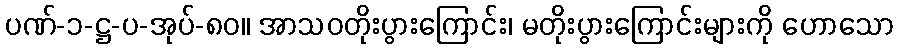
ပဏ်-၁-ဋ္ဌ-ပ-အုပ်-၈၀။ အာသဝတိုးပွားကြောင်း၊ မတိုးပွားကြောင်းများကို ဟောသော